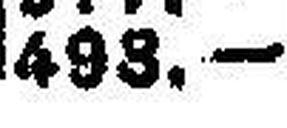
498.—